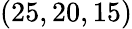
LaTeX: (25,20,15)